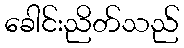
ခေါင်းညိတ်သည်